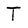
Character: T